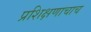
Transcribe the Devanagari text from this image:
प्रशिक्षणाचाच